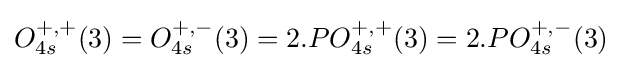
O_{4s}^{+,+}(3)=O_{4s}^{+,-}(3)=2.PO_{4s}^{+,+}(3)=2.PO_{4s}^{+,-}(3)